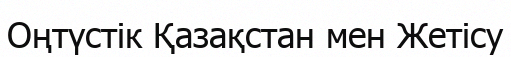
Оңтүстік Қазақстан мен Жетісу